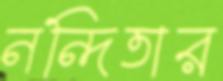
নন্দিতার